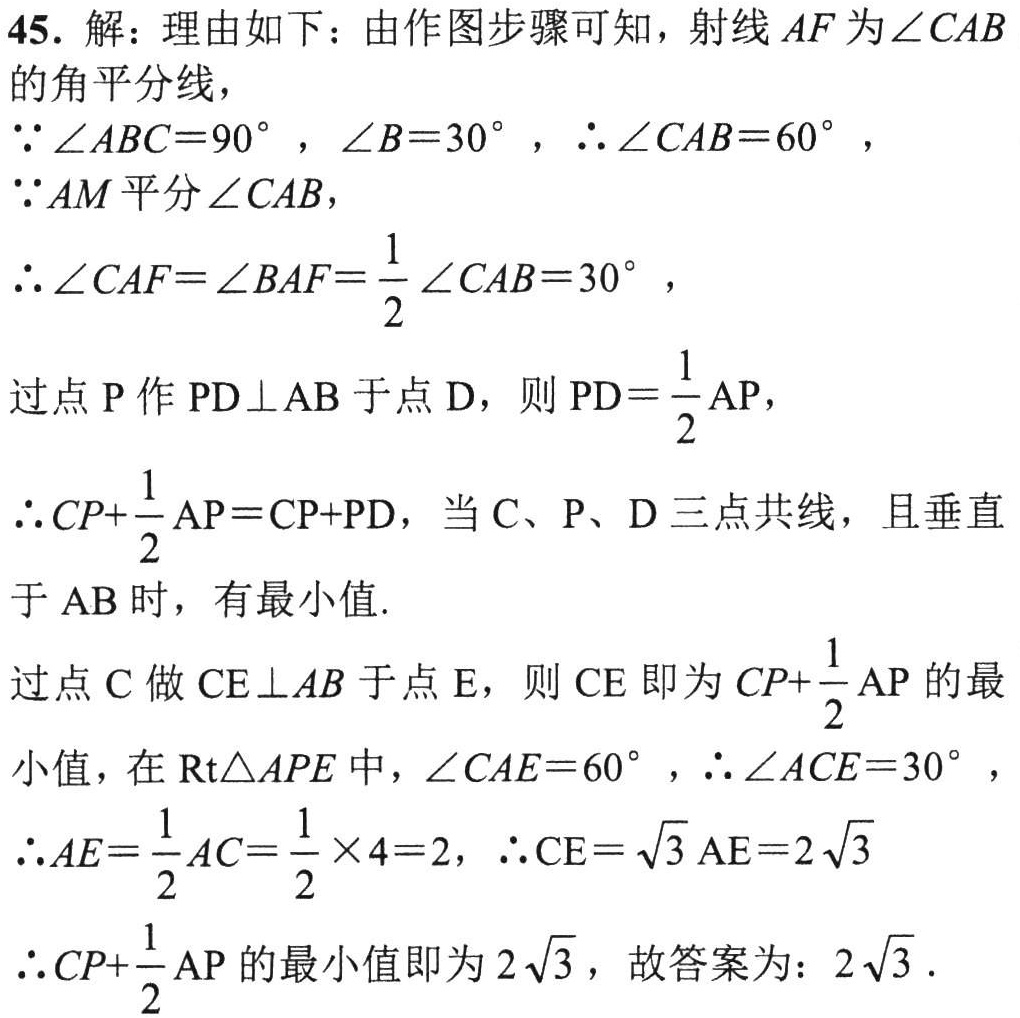
45. 解：理由如下：由作图步骤可知，射线 \(AF\) 为\(\angle CAB\)的角平分线，
\(\because\angle ABC = 90^{\circ}\)，\(\angle B = 30^{\circ}\)，\(\therefore\angle CAB = 60^{\circ}\)，
\(\because AM\) 平分 \(\angle CAB\)，
\(\therefore\angle CAF=\angle BAF=\frac{1}{2}\angle CAB = 30^{\circ}\)，

过点 \(P\) 作 \(PD\perp AB\) 于点 \(D\)，则 \(PD = \frac{1}{2}AP\)，
\(\therefore CP+\frac{1}{2}AP = CP + PD\)，当 \(C\)、\(P\)、\(D\) 三点共线，且垂直于 \(AB\) 时，有最小值.

过点 \(C\) 做 \(CE\perp AB\) 于点 \(E\)，则 \(CE\) 即为 \(CP+\frac{1}{2}AP\) 的最小值，在 \(\text{Rt}\triangle APE\) 中，\(\angle CAE = 60^{\circ}\)，\(\therefore\angle ACE = 30^{\circ}\)，
\(\therefore AE=\frac{1}{2}AC=\frac{1}{2}\times4 = 2\)，\(\therefore CE=\sqrt{3}AE = 2\sqrt{3}\)

\(\therefore CP+\frac{1}{2}AP\) 的最小值即为 \(2\sqrt{3}\)，故答案为：\(2\sqrt{3}\).